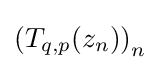
\left(T_{q,p}(z_{n})\right)_{n}